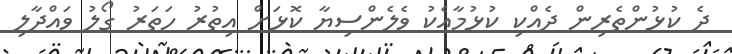
ދެ ކުޅުންތެރިން ދެއްކި ކުޅުމާއެކު ވެލެންސިޔާ ކޮޅަށް އިތުރު ހަތަރު ގޯލު ވައްދާލި